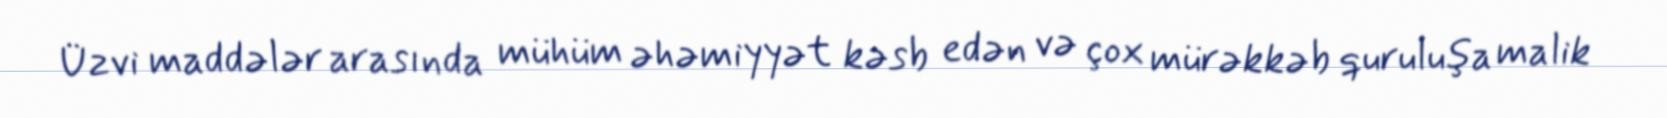
Üzvi maddələr arasında mühüm əhəmiyyət kəsb edən və çox mürəkkəb quruluşa malik